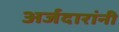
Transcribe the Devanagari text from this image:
अर्जदारांनी